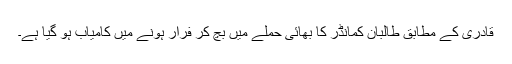
قادری کے مطابق طالبان کمانڈر کا بھائی حملے میں بچ کر فرار ہونے میں کامیاب ہو گیا ہے۔